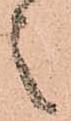
之